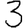
Digit: 3